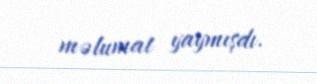
məlumat yaymışdı.